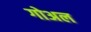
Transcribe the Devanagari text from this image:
गोअल